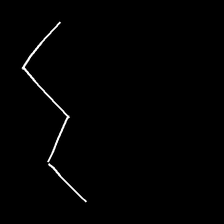
Glyph: crush